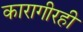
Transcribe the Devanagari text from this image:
कारागीरही